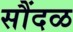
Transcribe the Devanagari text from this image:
सौंदळ